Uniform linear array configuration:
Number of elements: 64
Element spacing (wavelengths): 1
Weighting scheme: cosine
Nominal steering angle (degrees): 15
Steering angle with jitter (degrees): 14.759
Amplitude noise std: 0.05
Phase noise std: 0.05

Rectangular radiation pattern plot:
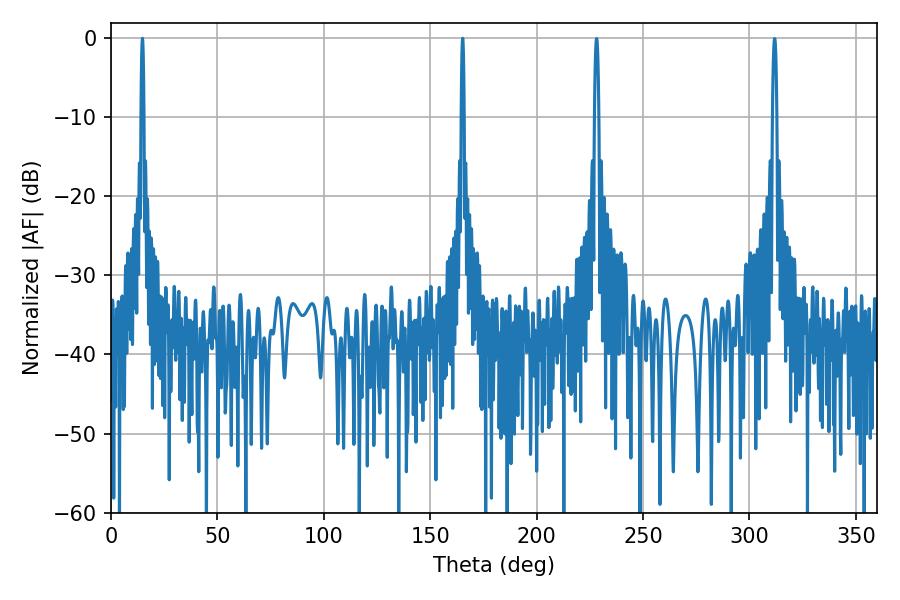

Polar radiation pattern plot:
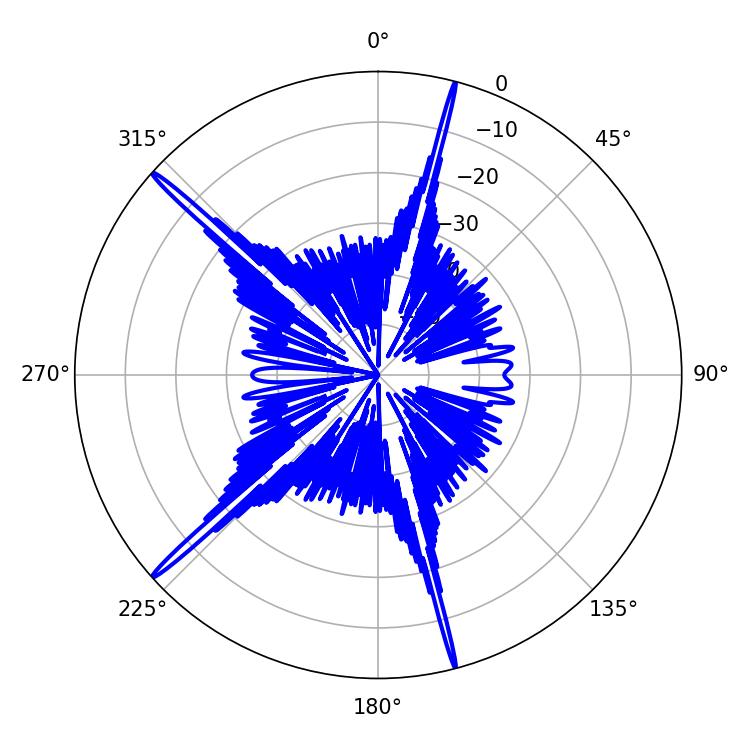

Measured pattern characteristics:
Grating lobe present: TRUE
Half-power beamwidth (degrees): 0.72
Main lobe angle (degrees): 165.24